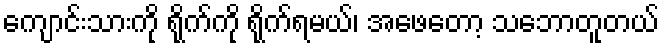
ကျောင်းသားကို ရိုက်ကို ရိုက်ရမယ်၊ အဖေတော့ သဘောတူတယ်